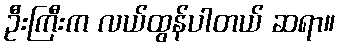
ဦးကြီးက လယ်ထွန်ပါတယ် ဆရာ။